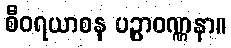
စီဝရယာစန ပဉ္ပာဝဏ္ဏနာ။